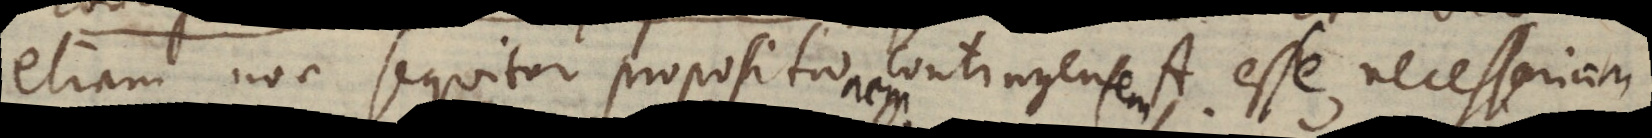
etiam non sequitur propositionem contingentem A esse necessariam